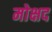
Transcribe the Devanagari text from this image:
मोक्षद